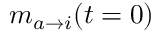
m _ { a \rightarrow i } ( t = 0 )